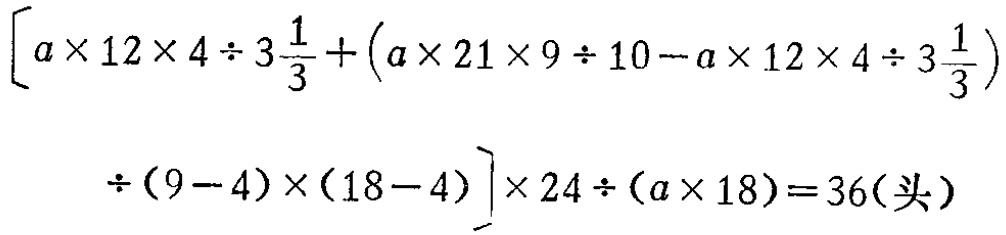
\[\left[a\times 12\times 4\div 3\frac{1}{3}+\left(a\times 21\times 9\div 10 - a\times 12\times 4\div 3\frac{1}{3}\right)\div(9 - 4)\times(18 - 4)\right]\times 24\div(a\times 18)=36(\text{头})\]